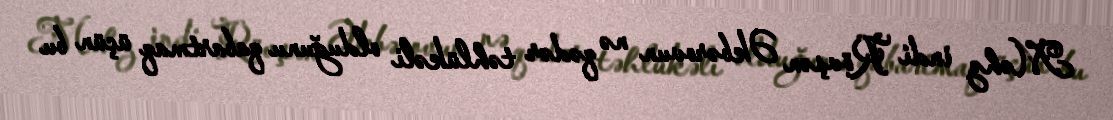
Məhz indi Rövşən Əkbərovun nə qədər təhlükəli olduğunu qabartmaq üçün bu